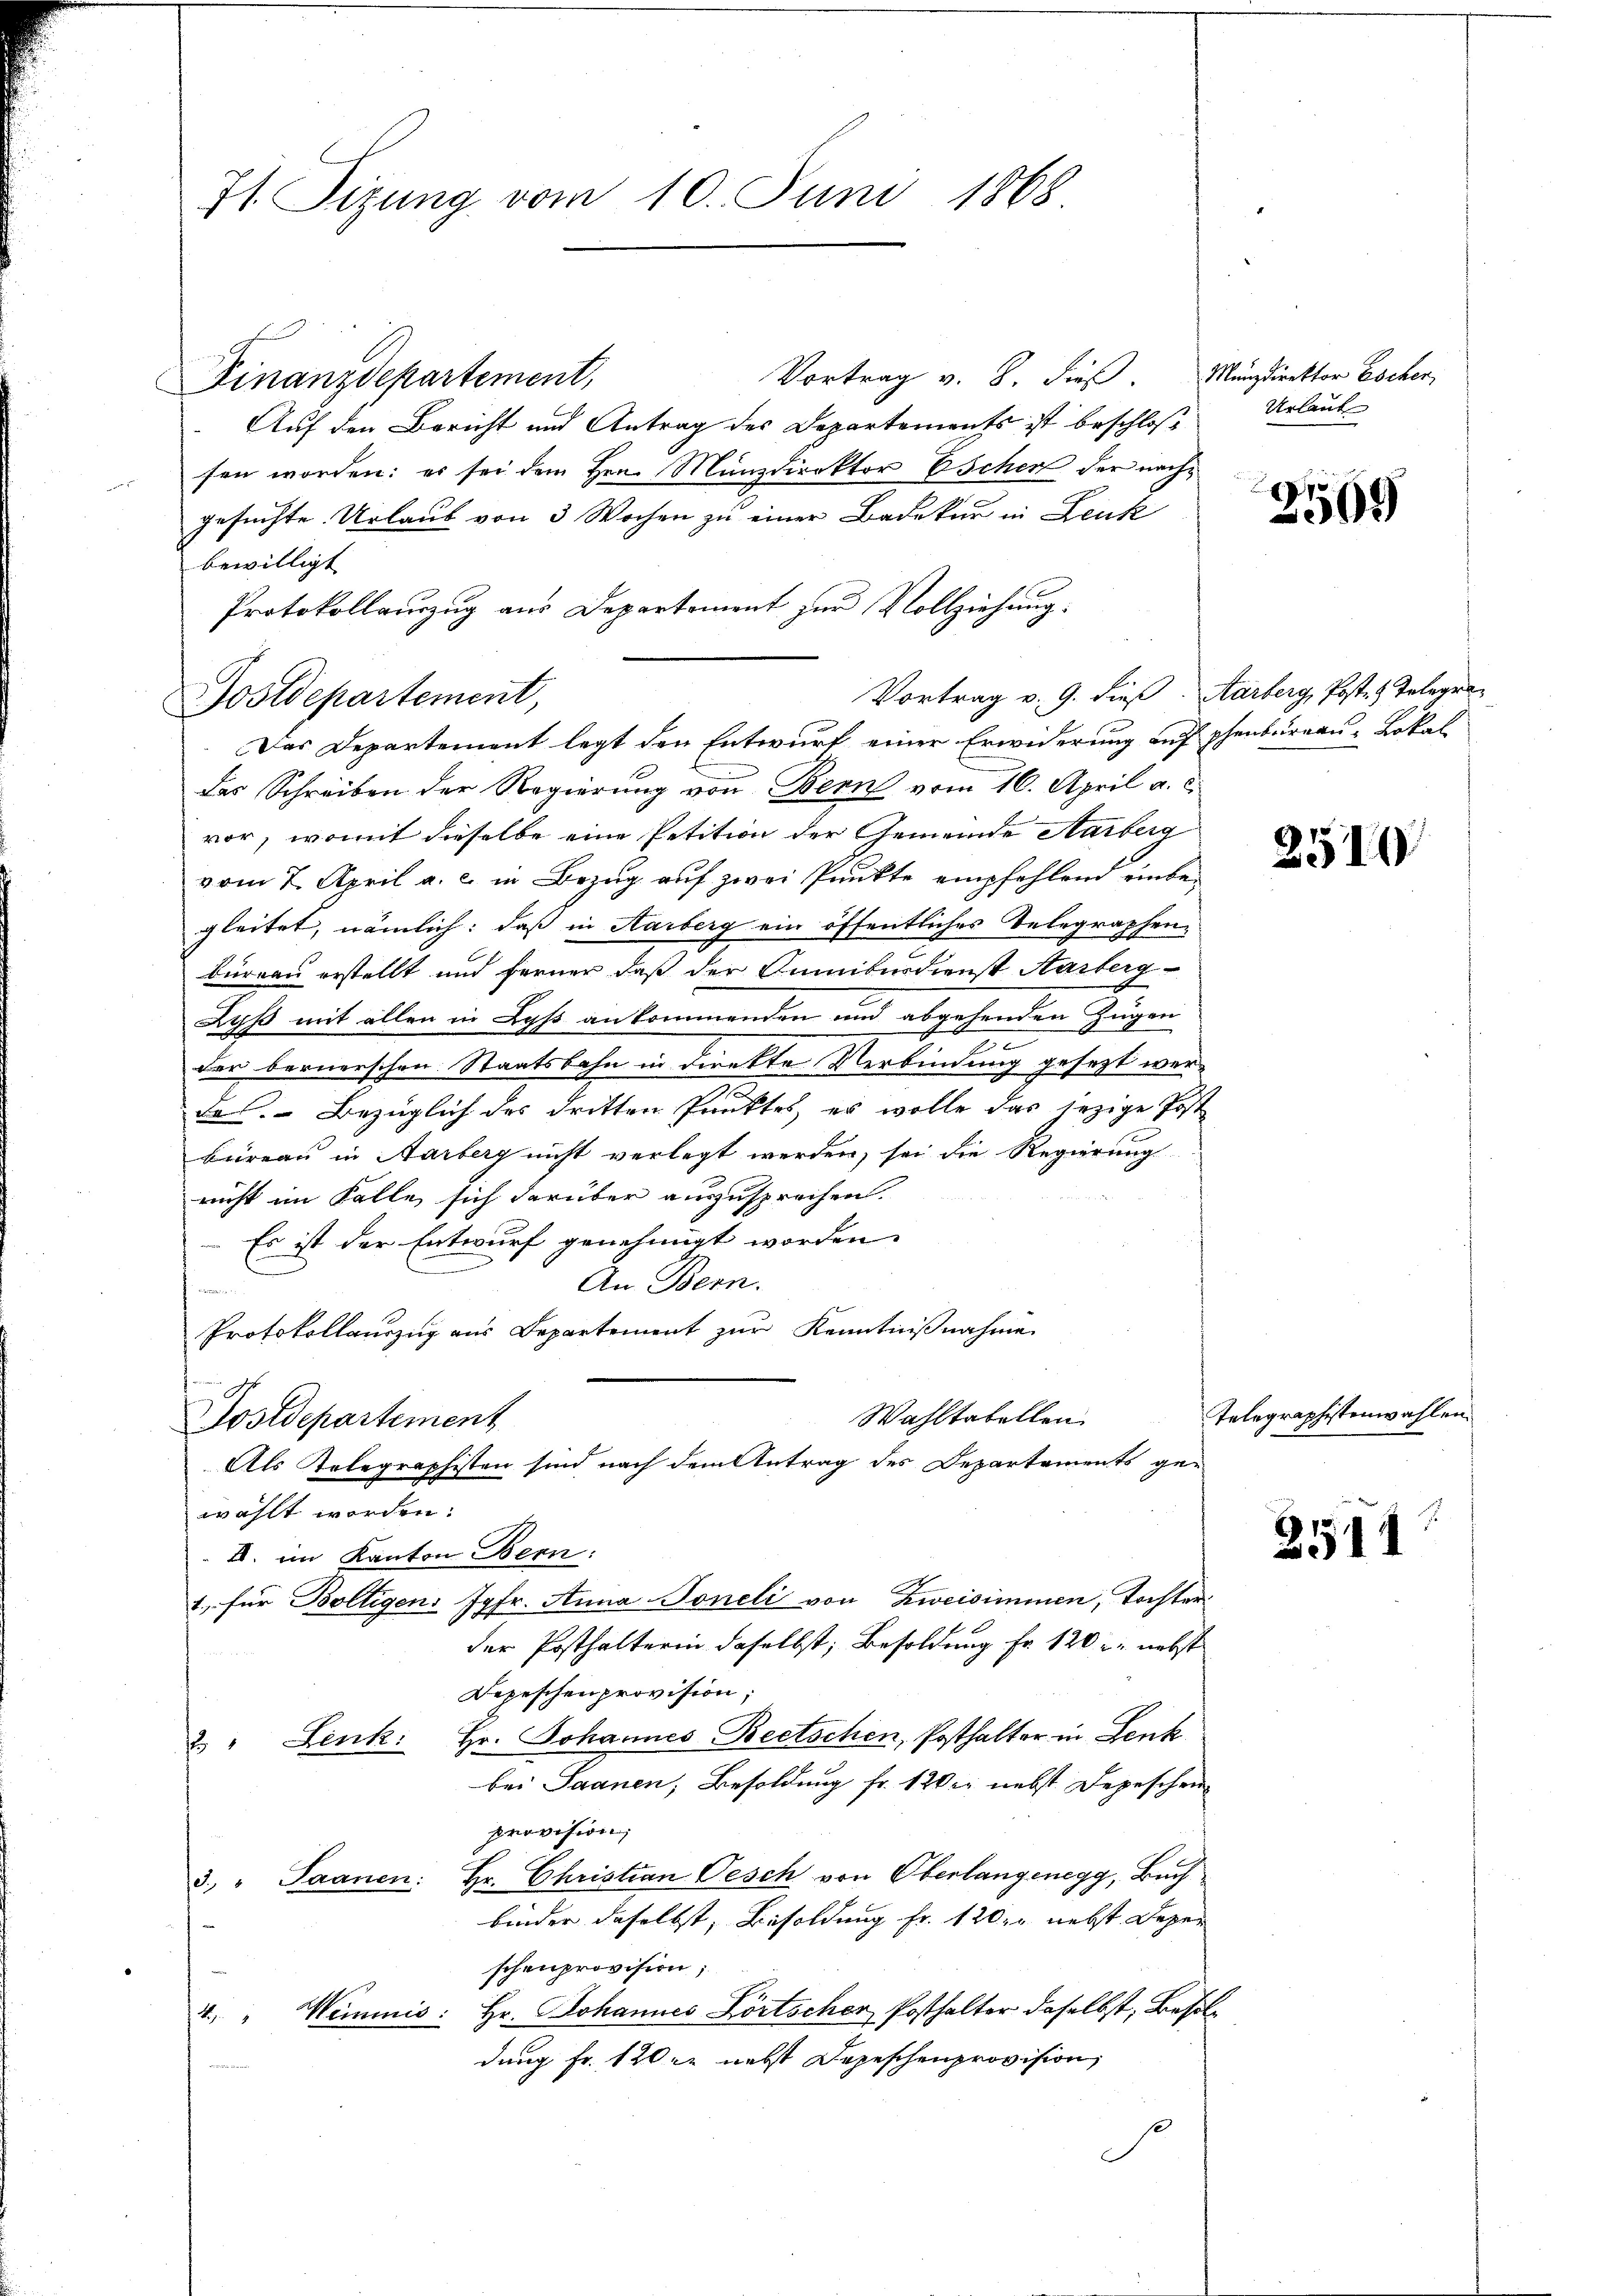
71. Sizung vom 10. Juni 1868

Vortrag v. 8. dieß. Minzdirektor Escher,
Auf den Bericht und Antrag des Departements ist beschloß
fen worden: es sei dem Hrn. Münzdirektor Eschen der nachgesuchte Urlaub von 3 Wochen zu einer Badakur in Leute
bewilligt
Protokollauszug aus Departement zur Vollziehung.

Finanzdepartement,

Vortrag v. 9. dieß. Aarberg, Post.  Telegra¬
Postdepartement,
Das Departement legt den Entwurf einer Erwiderung auf phenbureau-Lokal

das Schreiben der Regierung von Bern vom 16. April a. c.
vor, womit dieselbe eine Petition der Gemeinde Aarberg
vom 7. April a. c. in Bezug auf zwei Punkte empfehlend einbegleitet, nämlich: daß in Aarberg ein öffentliches Telegraphenbüreau erstellt und ferner daß der Sumibusdienst Aarberg-
Auß mit allen in Lyß ankommenden und abgehenden Zugen
der bernerschen Staatsbahn in direkte Verbindung gesezt werdes Bezüglich des dritten Punktes, es wolle das jezige Post
büreau in Aarberg nicht verlegt werden, sei die Regierung
nicht im Falle sich darüber auszusprechen.
 Es ist der Entwurf genehmigt worden.
An Bern.

Protokollauszug aus Departement zur Kenntnißnahme
Wahltabellen.
Postdepartement
Als Kolegraphisten sind nach dem Antrag des Departements gewählt worden.
I. im Kanton Bern:
1. für Boltigens Jgfr. Anna Toneli von Zweisimmen, Tochterder Posthalterin daselbst, Besoldung Fr. 120 in nebst
Depeschenprovision;
& " Lenk: Hr. Johannes Beetschen, Posthalter in Lenk
bei Saanen, Besoldung fr. 120 er nebst Depeschen
provision,
3. " Saanen: Hr. Christian Oesch von Oberlangenegg, Buch
binder daselbst, Besoldung fr. 120 nebst Depre
schenprovision;
4. " Weinmis: Hr. Johannes Dortscher Posthalter daselbst, Besoldung Fr. 120 r nebst Depeschenprovision,
S

Urlauf

2509

2510

Telegraphistenwahlen.

2511